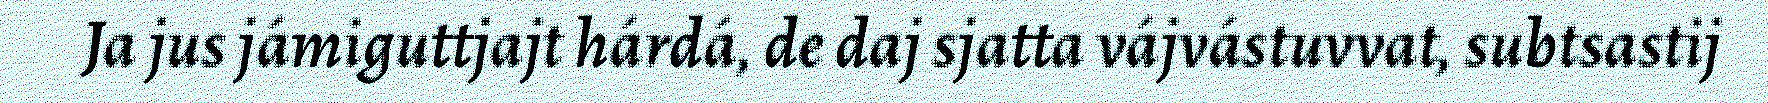
Ja jus jámiguttjajt hárdá, de daj sjatta vájvástuvvat, subtsastij